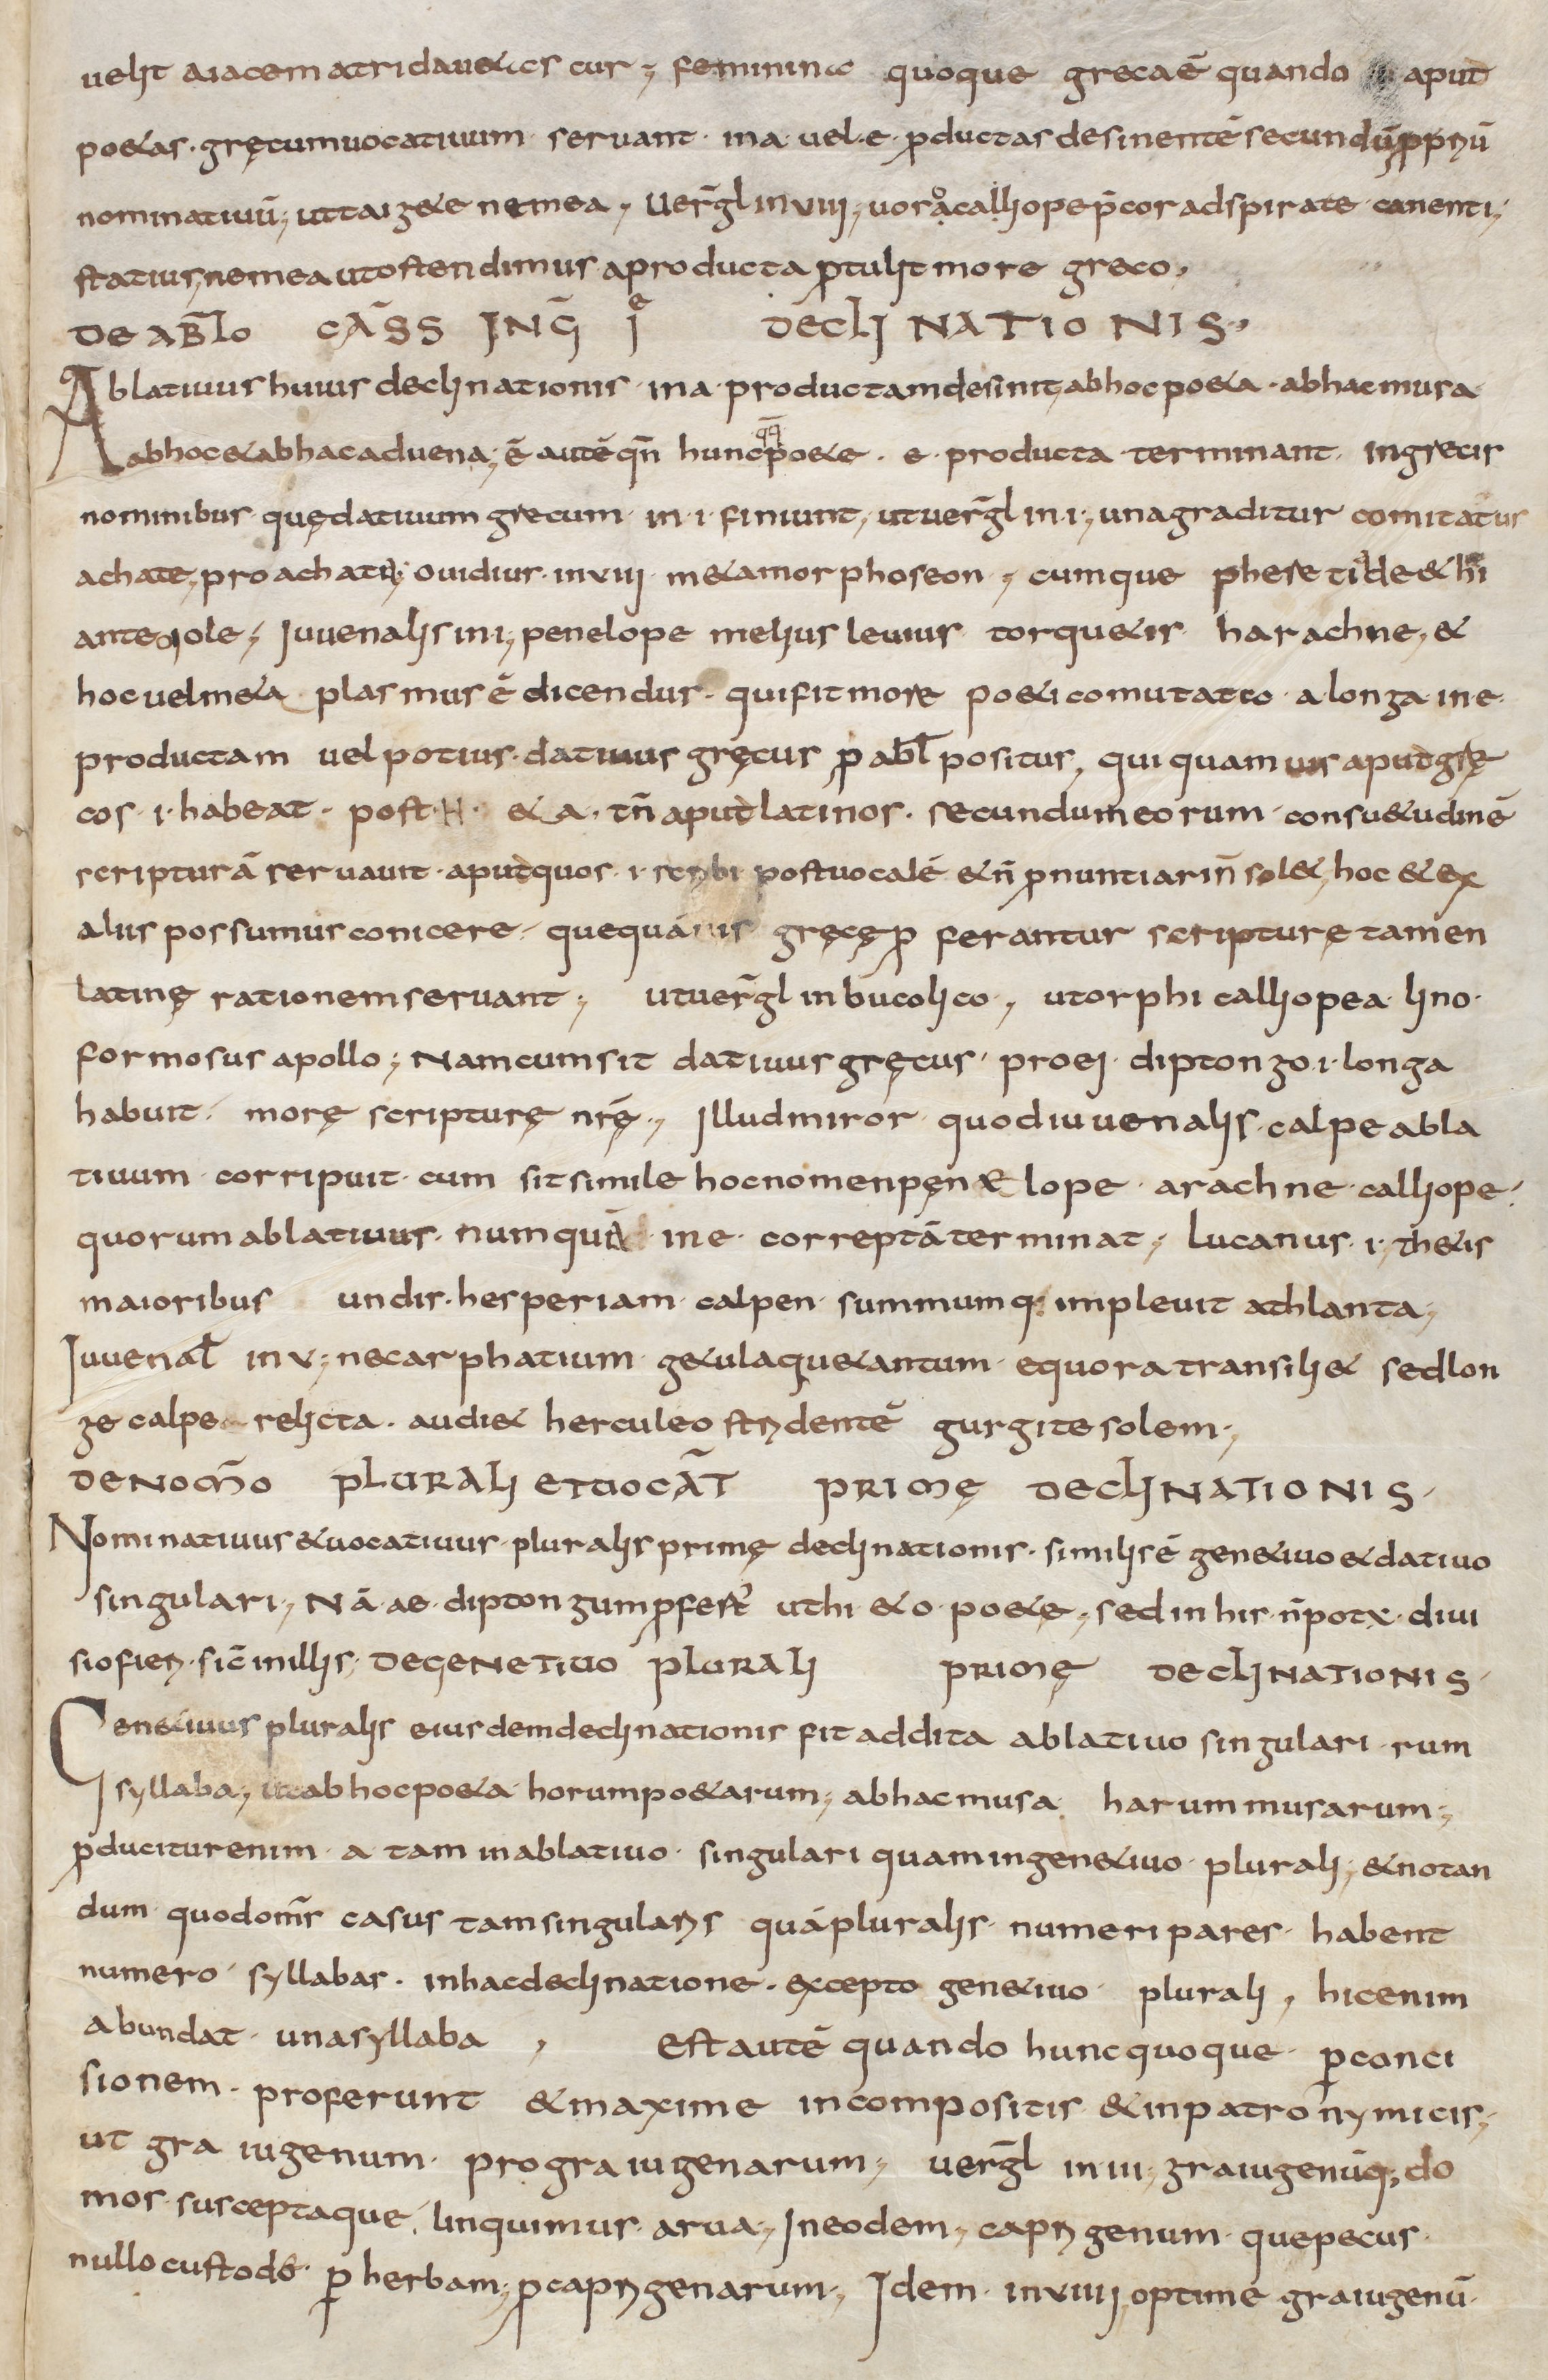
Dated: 900–999